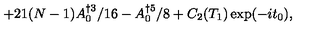
+ 2 1 ( N - 1 ) A _ { 0 } ^ { \dag 3 } / 1 6 - A _ { 0 } ^ { \dag 5 } / 8 + C _ { 2 } ( T _ { 1 } ) \exp ( - i t _ { 0 } ) ,